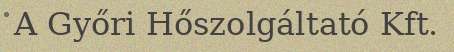
A Győri Hőszolgáltató Kft.